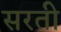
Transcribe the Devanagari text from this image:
सरती